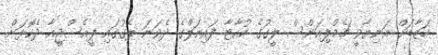
ހަޒާޑަށް އަނިޔާވީ ޗެމްޕިއަންސް ލީގުގެ ކުއާޓާ ފައިނަލްގެ ދެވަނަ ލެގުގައި ޕީއެސްޖީއާ ދެކޮޅަށް